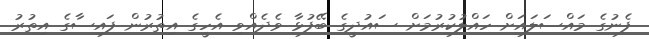
ފެނުގެ މައްސަލައަށް ހައްލުކުރުމަށް ސައުދީގެ ބޭފުޅާ ވެދެއްވި އެހީގެ އިތުރުން ފައިސާގެ އިތުރު